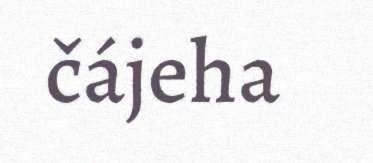
čájeha